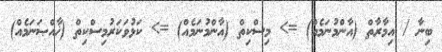
ބިނާ / އިމާރާތް (އާންމުނަމެއް) => މިސްކިތް (އާންމުނަމެއް) => ކަޅުވަކަރުމިސްކިތް (ޚާއްޞަނަމެއް)